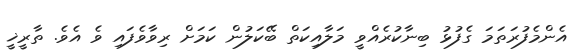
އެންމެފުރަތަމަ ގެފުޅު ބިނާކުރެއްވީ މަލާއިކަތް ބޭކަލުން ކަމަށް ރިވާވެފައި ވެ އެވެ. ތާރީޚީ